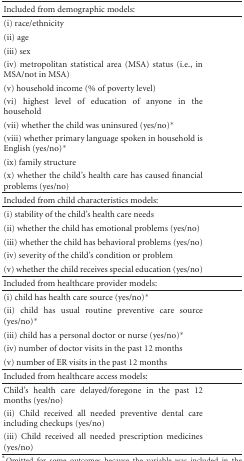
<table><thead><tr><td><b>Included from demographic models:</b></td></tr></thead><tbody><tr><td>(i) race/ethnicity</td></tr><tr><td>(ii) age</td></tr><tr><td>(iii) sex</td></tr><tr><td>(iv) metropolitan statistical area (MSA) status (i.e., in MSA/not in MSA)</td></tr><tr><td>(v) household income (% of poverty level)</td></tr><tr><td>(vi) highest level of education of anyone in the household</td></tr><tr><td>(vii) whether the child was uninsured (yes/no)*</td></tr><tr><td>(viii) whether primary language spoken in household is English (yes/no)*</td></tr><tr><td>(ix) family structure</td></tr><tr><td>(x) whether the child's health care has caused financial problems (yes/no) </td></tr><tr><td>Included from child characteristics models: </td></tr><tr><td>(i) stability of the child's health care needs</td></tr><tr><td>(ii) whether the child has emotional problems (yes/no)</td></tr><tr><td>(iii) whether the child has behavioral problems (yes/no)</td></tr><tr><td>(iv) severity of the child's condition or problem</td></tr><tr><td>(v) whether the child receives special education (yes/no) </td></tr><tr><td>Included from healthcare provider models: </td></tr><tr><td>(i) child has health care source (yes/no)*</td></tr><tr><td>(ii) child has usual routine preventive care source (yes/no)*</td></tr><tr><td>(iii) child has a personal doctor or nurse (yes/no)*</td></tr><tr><td>(iv) number of doctor visits in the past 12 months</td></tr><tr><td>(v) number of ER visits in the past 12 months</td></tr><tr><td>Included from healthcare access models: </td></tr><tr><td>Child's health care delayed/foregone in the past 12 months (yes/no)</td></tr><tr><td>(ii) Child received all needed preventive dental care including checkups (yes/no)</td></tr><tr><td>(iii) Child received all needed prescription medicines (yes/no)</td></tr></tbody></table>